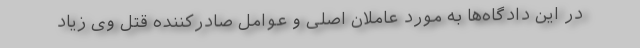
در این دادگاه‌ها به مورد عاملان اصلی و عوامل صادرکننده قتل وی زیاد